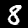
Digit: 8